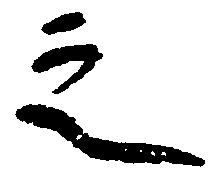
之